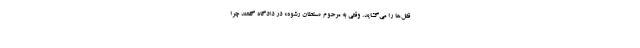
قفل‌ها را می‌گشاید. وقتی به مرحوم «سلطان رشوه» در دادگاه گفتند چرا